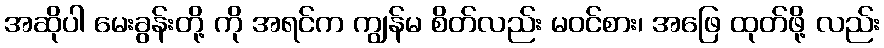
အဆိုပါ မေးခွန်းတို့ ကို အရင်က ကျွန်မ စိတ်လည်း မဝင်စား၊ အဖြေ ထုတ်ဖို့ လည်း